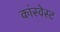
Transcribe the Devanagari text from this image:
कांस्वेस्ट